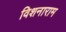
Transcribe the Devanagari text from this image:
विशनाराम